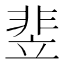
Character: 𬰚